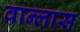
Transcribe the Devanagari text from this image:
वान्लास